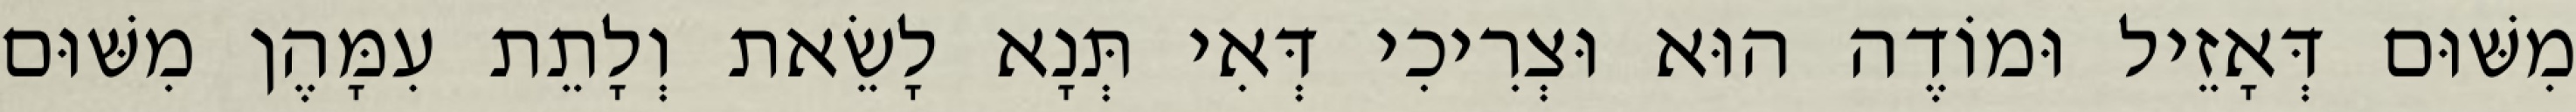
מִשּׁוּם דְּאָזֵיל וּמוֹדֶה הוּא וּצְרִיכִי דְּאִי תְּנָא לָשֵׂאת וְלָתֵת עִמָּהֶן מִשּׁוּם